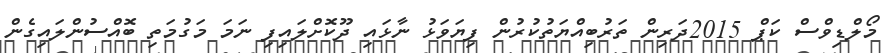
މޯލްޑިވްސް ކަޕް 2015ދަރިން ތަރުބިއްޔަތުކުރުން ފިޔަވަޅު ނާޅައި ދޫކޮށްލައިފި ނަމަ މަގުމަތި ބޮއްސުންލައިގެން